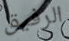
الرفيق